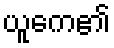
ယူကေ၏